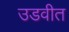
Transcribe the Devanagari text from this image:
उडवीत